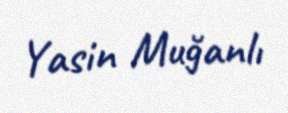
Yasin Muğanlı